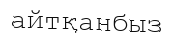
айтқанбыз